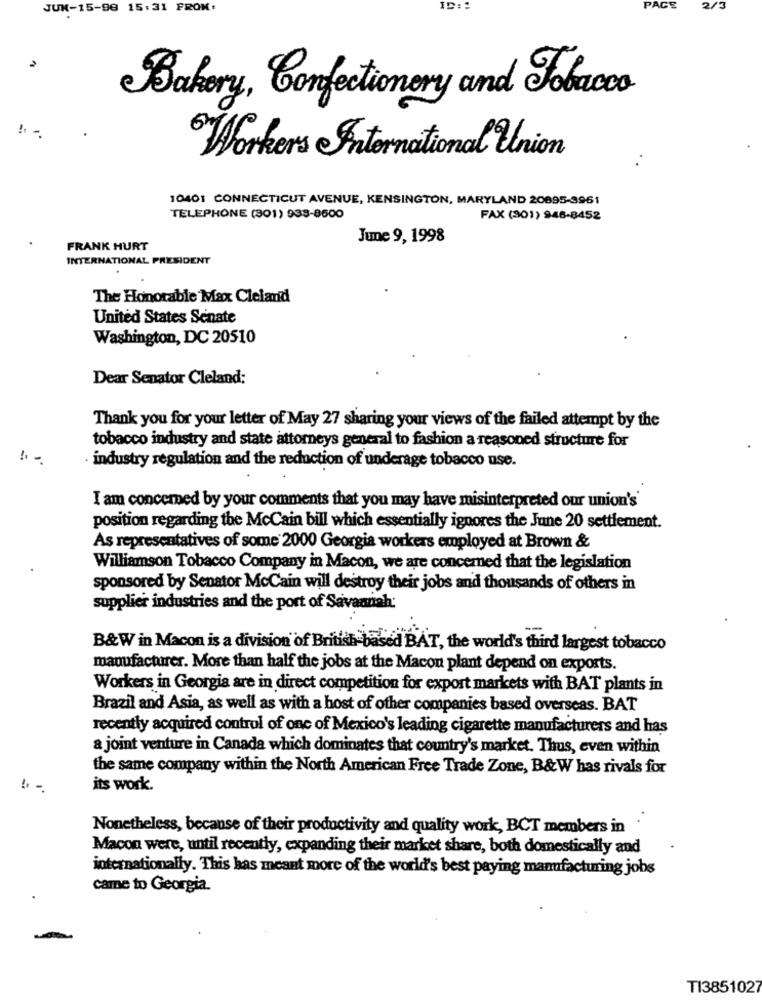
JUN-15-98 15:31 FROM:
ID ::
PAGE
2/3
Bakery, Confectionery and Tobacco
Workers International Union
10401 CONNECTICUT AVENUE, KENSINGTON, MARYLAND 20895-3961
TELEPHONE (301) 933-8600
FAX (301) 948-8452
June 9, 1998
FRANK HURT
INTERNATIONAL PRESIDENT
The Honorable Max Cleland
United States Senate
Washington, DC 20510
Dear Senator Cleland:
Thank you for your letter of May 27 sharing your views of the failed attempt by the
tobacco industry and state attorneys general to fashion a reasoned structure for
" -
· industry regulation and the reduction of underage tobacco use.
I am concerned by your comments that you may have misinterpreted our union's'
position regarding the McCain bill which essentially ignores the June 20 settlement.
As representatives of some 2000 Georgia workers employed at Brown &
Williamson Tobacco Company in Macon, we are concerned that the legislation
sponsored by Senator McCain will destroy their jobs and thousands of others in
supplier industries and the port of Savannah:
B&W in Macon is a division of British-based BAT, the world's third largest tobacco
manufacturer. More than half the jobs at the Macon plant depend on exports.
Workers in Georgia are in direct competition for export markets with BAT plants in
Brazil and Asia, as well as with a host of other companies based overseas. BAT
recently acquired control of one of Mexico's leading cigarette manufacturers and has
a joint venture in Canada which dominates that country's market. Thus, even within
the same company within the North American Free Trade Zone, B&W has rivals for
" -
its work.
Nonetheless, because of their productivity and quality work, BCT members in
Macon were, until recently, expanding their market share, both domestically and
internationally. This has meant more of the world's best paying manufacturing jobs
came to Georgia.
TI385102